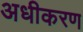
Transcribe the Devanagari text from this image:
अधीकरण